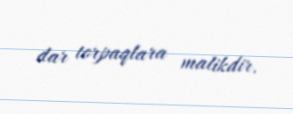
dar torpaqlara malikdir.